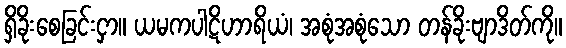
ရှိခိုးစေခြင်းငှာ။ ယမကပါဋိဟာရိယံ၊ အစုံအစုံသော တန်ခိုးဗျာဒိတ်ကို။